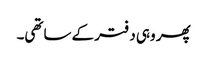
پھر وہی دفتر کے ساتھی۔